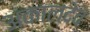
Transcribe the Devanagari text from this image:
अकालदेव